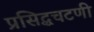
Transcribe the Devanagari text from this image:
प्रसिद्धचटणी